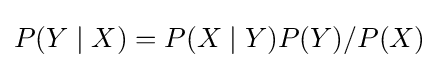
P(Y\mid X)=P(X\mid Y)P(Y)/P(X)